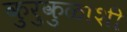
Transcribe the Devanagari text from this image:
कुरुकुळाशी